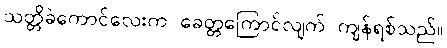
သတ္တိခဲကောင်လေးက ခေတ္တကြောင်လျက် ကျန်ရစ်သည်။